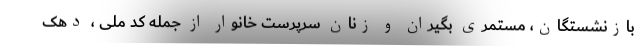
بازنشستگان، مستمری بگیران و زنان سرپرست خانوار از جمله کد ملی ، دهک